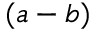
( a - b )